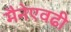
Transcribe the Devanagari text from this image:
मैनेएवढी